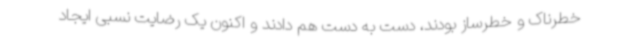
خطرناک و خطرساز بودند، دست به دست هم دادند و اکنون یک رضایت نسبی ایجاد